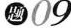
题09